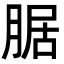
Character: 腒